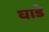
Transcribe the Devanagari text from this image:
घाडे